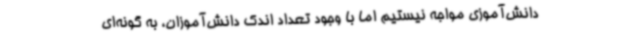
دانش‌آموزی مواجه نیستیم اما با وجود تعداد اندک دانش‌آموزان، به گونه‌ای